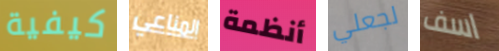
كيفية المناعي أنظمة لجعلي اسف